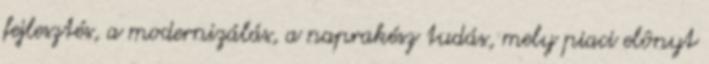
fejlesztés, a modernizálás, a naprakész tudás, mely piaci elônyt